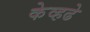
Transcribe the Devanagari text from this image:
केव्हढे